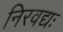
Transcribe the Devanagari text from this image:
निरवद्यः